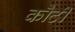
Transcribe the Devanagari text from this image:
कौटी